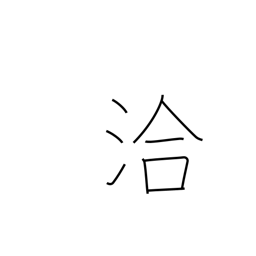
Meaning: far and wide